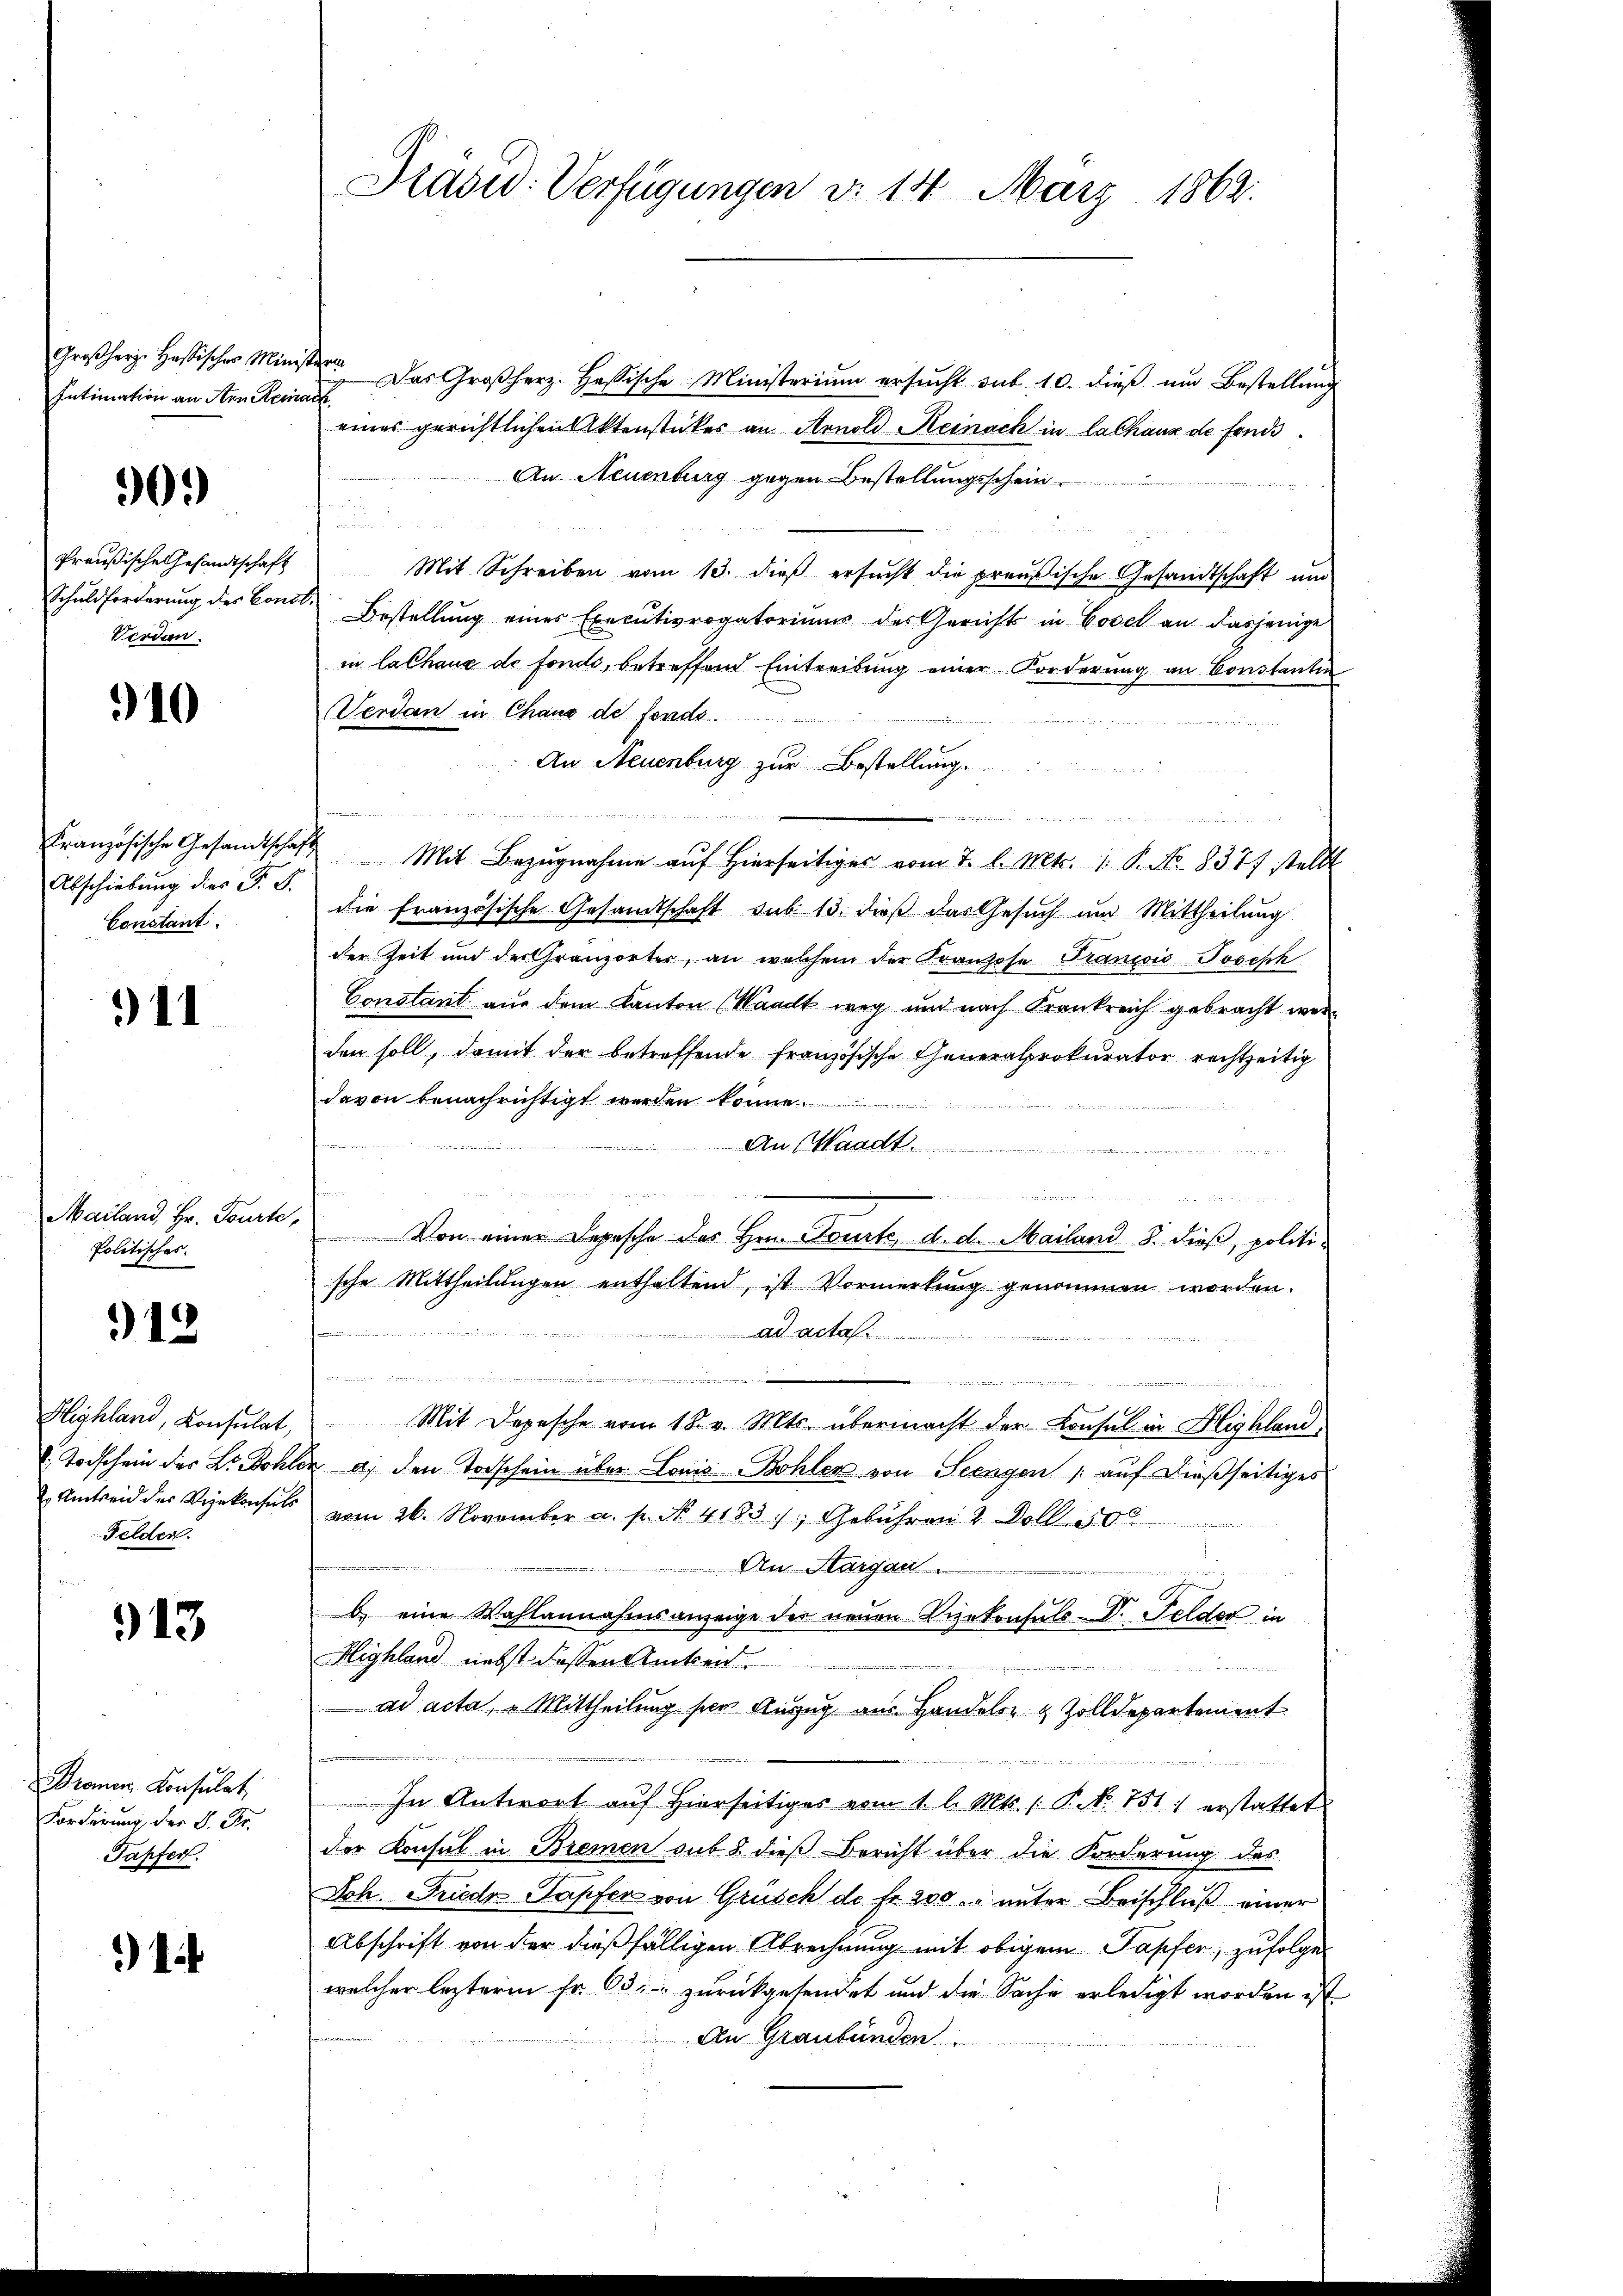
Großherz. Hastischer Ministerin
Intimation an Arn. Reinack

90.)

Schuldforderung des Cons
Verdan

910

Abschiebung dies F. B.
Constant.

911

Mailand, Hr. Tourte
Politisches:

12

Highland, Konsulat,
. Todschein der Dr. Bohr
 Amtseid der Vizekonsuls
Felden.

913.

Bronen Konsulat
Forderung der S. Fr.
Tapfer.

1

Präsid. Verfügungen d. 14. März 1862.

Das Großherz. Hassische Ministerium ersucht sub 10. dieß um Bestellung
eines gerichtlichen Aktenstückes an Arnold Reinach in lachaus de fonds¬
An Neuenburg gegen Bestellungsschein
.
Preußische Gesandtschaft Mit Schreiben vom 13. dieβ ersŭcht die preußische Gesandtschaft ŭm
cis
Bestellung eines Executivrogatoriums des Gerichts in Cosel an dasjenige
in lalhaus de fonds, betreffend Eintreibung einer Forderung an Constantin
Verdan in Chang des fonds.
An Neuenburg zur Bestellung.
rän
u
Französische Gesamtschaft Mit Bezŭgnahme aŭf hierseitiger vom 7. l. Mts. 1. P. No. 8377 stellt
die französische Gesandtschaft sub 13. dieß das Gesŭch und Mittheilŭng
der Zeit und der Granzörter, an welchem der Franzose Franzis Joseph
Constant aus dem Kanton (Waadt weg und nach Krankreich gebracht werden soll, damit der betreffende französische Generalprokurator rechtzeitig
davon benachrichtigt werden könne.
An Waadt

n
aenden wenige
Von einer Depesche des Hrn. Tourte, d. d. Mailand S. dieβ, politische Mittheilungen enthaltend, ist Vormerkung genommen worden.
ad acta
n
i
Mit Depesche vom 18. v. Mts. übermacht der Konsul in Highland
Ver a. den Torschein über Louis Bohler von Seengen / auf dießseitiges
vom 26. November a. p. No. 4183), Gebühren 2 Doll
An Margau.
b. eine Wahlannahmsanzeige der neuen Vizekonsuls Dr. Felder in
Highland nebst dassen Amkeit.

ad acta,  Mittheilung der Auszug aus Handels- & Zolldepartement
In Antwort auf hierseitiges vom 1. l. Mts. /: P. N. 151) erstattet
der Konsul in Bremen sub 8. dieß Bericht über die Forderung des
Joh. Friede Tapfer von Grüsch de fr. 200. unter Beischluß einer
Abschrift von der dießfälligen Abrechnung mit obigem Tapfer, zufolge
welcher lezterm Fr. 63. zurückgesendet und die Sache erledigt worden ist
An Graubünden